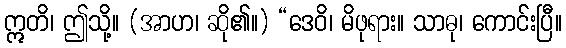
ဣတိ၊ ဤသို့။ (အာဟ၊ ဆို၏။) “ဒေဝိ၊ မိဖုရား။ သာဓု၊ ကောင်းပြီ။